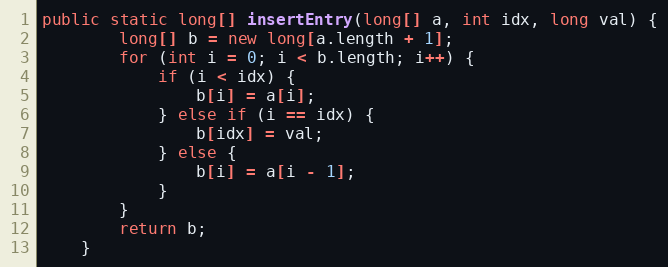
Language: Java
public static long[] insertEntry(long[] a, int idx, long val) {
        long[] b = new long[a.length + 1];
        for (int i = 0; i < b.length; i++) {
            if (i < idx) {
                b[i] = a[i];
            } else if (i == idx) {
                b[idx] = val;
            } else {
                b[i] = a[i - 1];
            }
        }
        return b;
    }